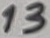
Text: 13